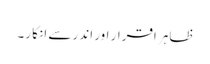
ظاہر اقرار اور اندر سے انکا ر۔